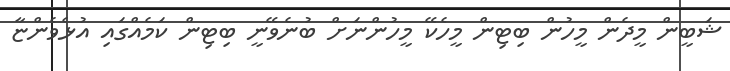
ޝަބީން މީދެން މީހުން ބިޓިން މީހެކޭ މީހުންނަށް ބުނެވޭނީ ބިޓިން ކަމެއްގައި އުޅެވެންޏާ